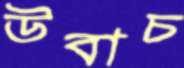
উবাচ